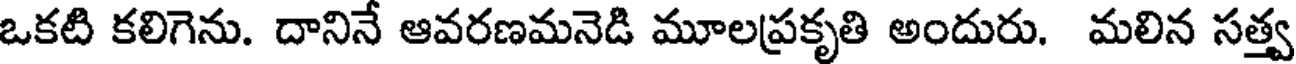
ఒకటి కలిగెను. దానినే ఆవరణమనెడి మూలప్రకృతి అందురు. మలిన సత్త్వ